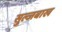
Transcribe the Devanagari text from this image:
सुल्जबाख